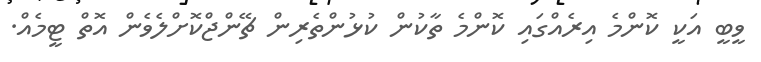
ވީބީ އަކީ ކޮންމެ އިރެއްގައި ކޮންމެ ތާކުން ކުޅުންތެރިން ޗޭންޖްކޮށްލެވެން އޮތް ޓީމެއް.